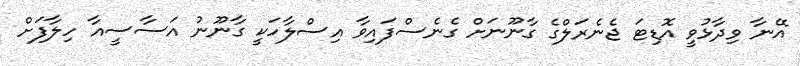
އޭނާ ވިދާޅުވީ އޮޑިޓަ ޖެނެރަލްގެ ގާނޫނަށް ގެނެސްފައިވާ އިސްލާހަކީ ގާނޫނު އަސާސީއާ ހިލާފަށް